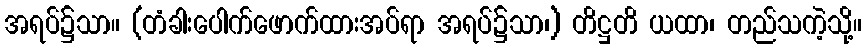
အရပ်၌သာ။ (တံခါးပေါက်ဖောက်ထားအပ်ရာ အရပ်၌သာ၊) တိဋ္ဌတိ ယထာ၊ တည်သကဲ့သို့။